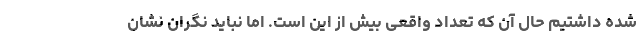
شده داشتیم حال آن که تعداد واقعی بیش از این است. اما نباید نگران نشان